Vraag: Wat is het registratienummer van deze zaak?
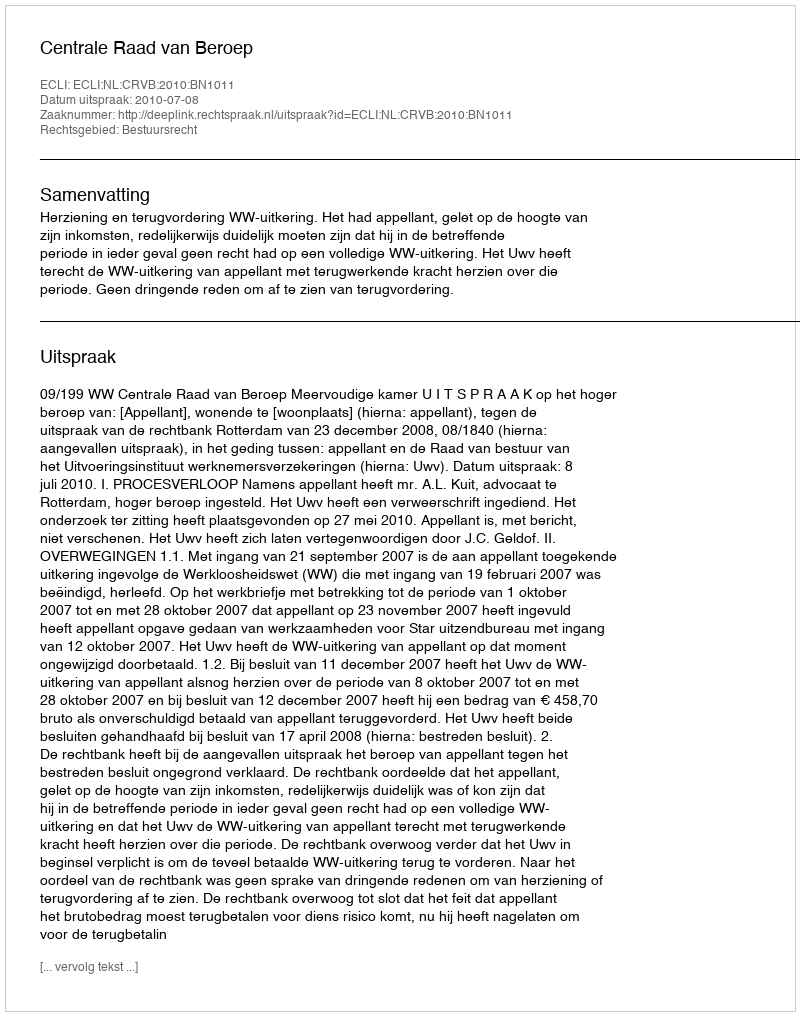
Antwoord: http://deeplink.rechtspraak.nl/uitspraak?id=ECLI:NL:CRVB:2010:BN1011